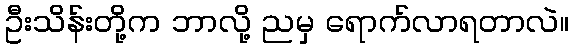
ဦးသိန်းတို့က ဘာလို့ ညမှ ရောက်လာရတာလဲ။